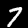
Label: 7